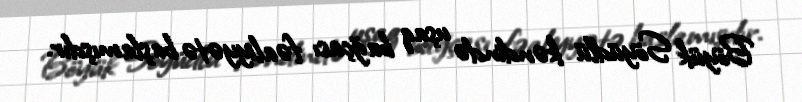
Böyük Söyüdlü kəndində uşaq bağçası fəaliyyətə başlamışdır.